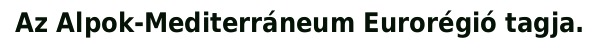
Az Alpok-Mediterráneum Eurorégió tagja.